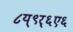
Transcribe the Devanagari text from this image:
८य्९र्६ए६